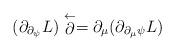
LaTeX: \begin{align*}(\partial_{\partial_\psi}L)\stackrel{\leftarrow}{\partial}= \partial_\mu (\partial_{\partial_\mu \psi} L)\end{align*}